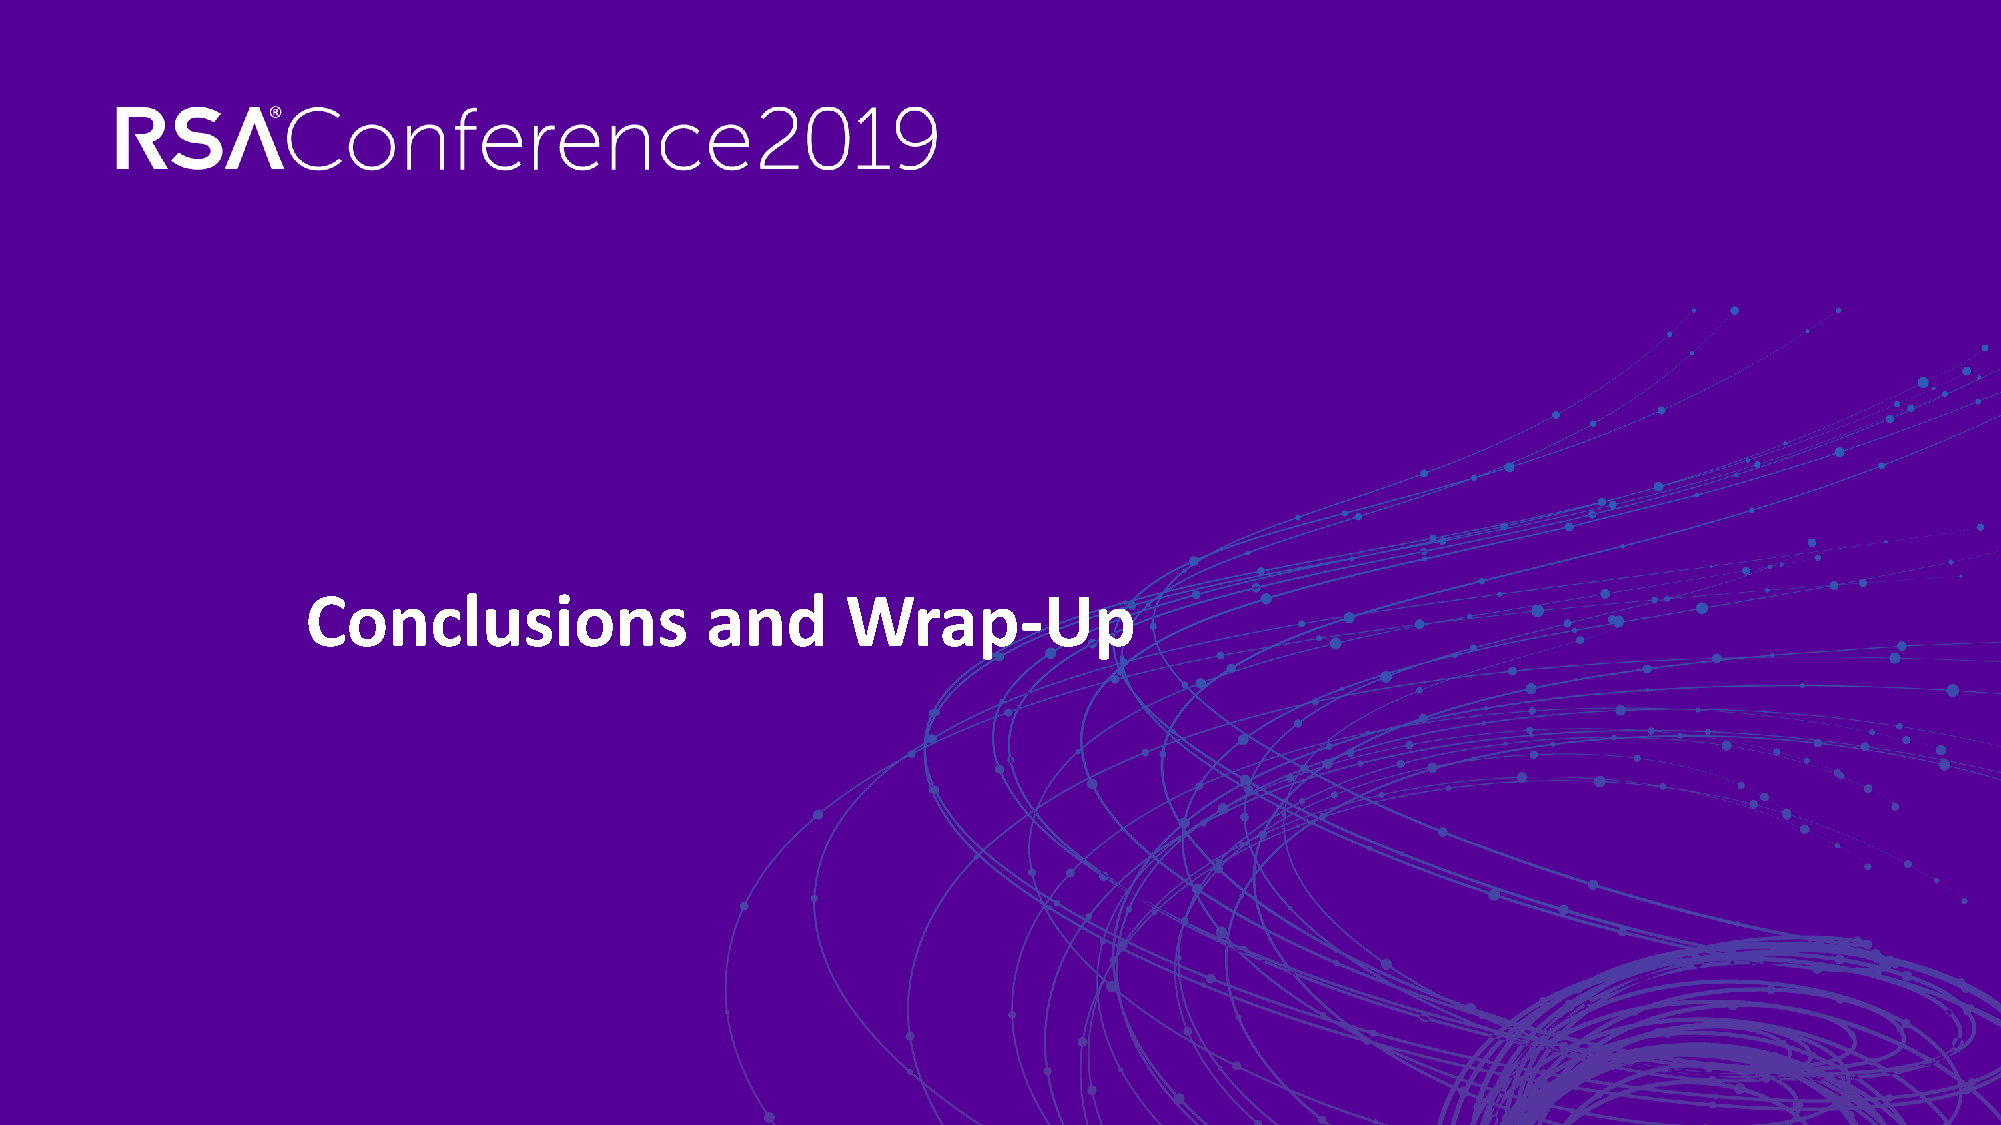
Conclusions                and      Wrap-Up